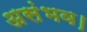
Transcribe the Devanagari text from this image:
असंभव।